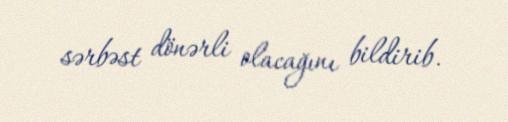
sərbəst dönərli olacağını bildirib.